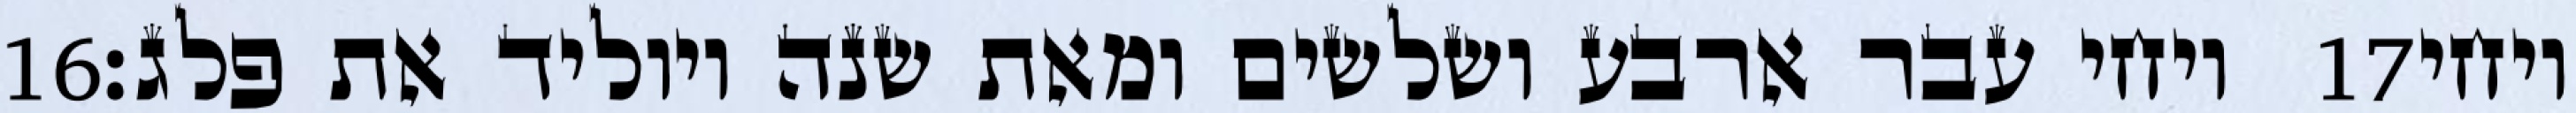
‎16‏ ויחי עבר ארבע ושלשים ומאת שנה ויוליד את פלג׃ ‎17‏ ויחי